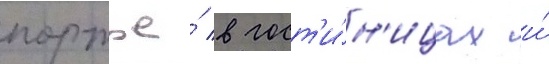
портье́ в гост'и́н'ицах и́